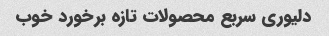
دلیوری سربع محصولات تازه برخورد خوب